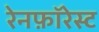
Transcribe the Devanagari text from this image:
रेनफ़ॉरेस्ट